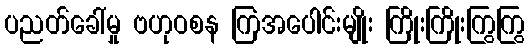
ပညတ်ခေါ်မှု ဗဟုဝစန ကြအပေါင်းမျိုး ကြိုးကြိုးကြွကြွ